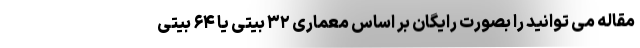
مقاله می توانید را بصورت رایگان بر اساس معماری ۳۲ بیتی یا ۶۴ بیتی